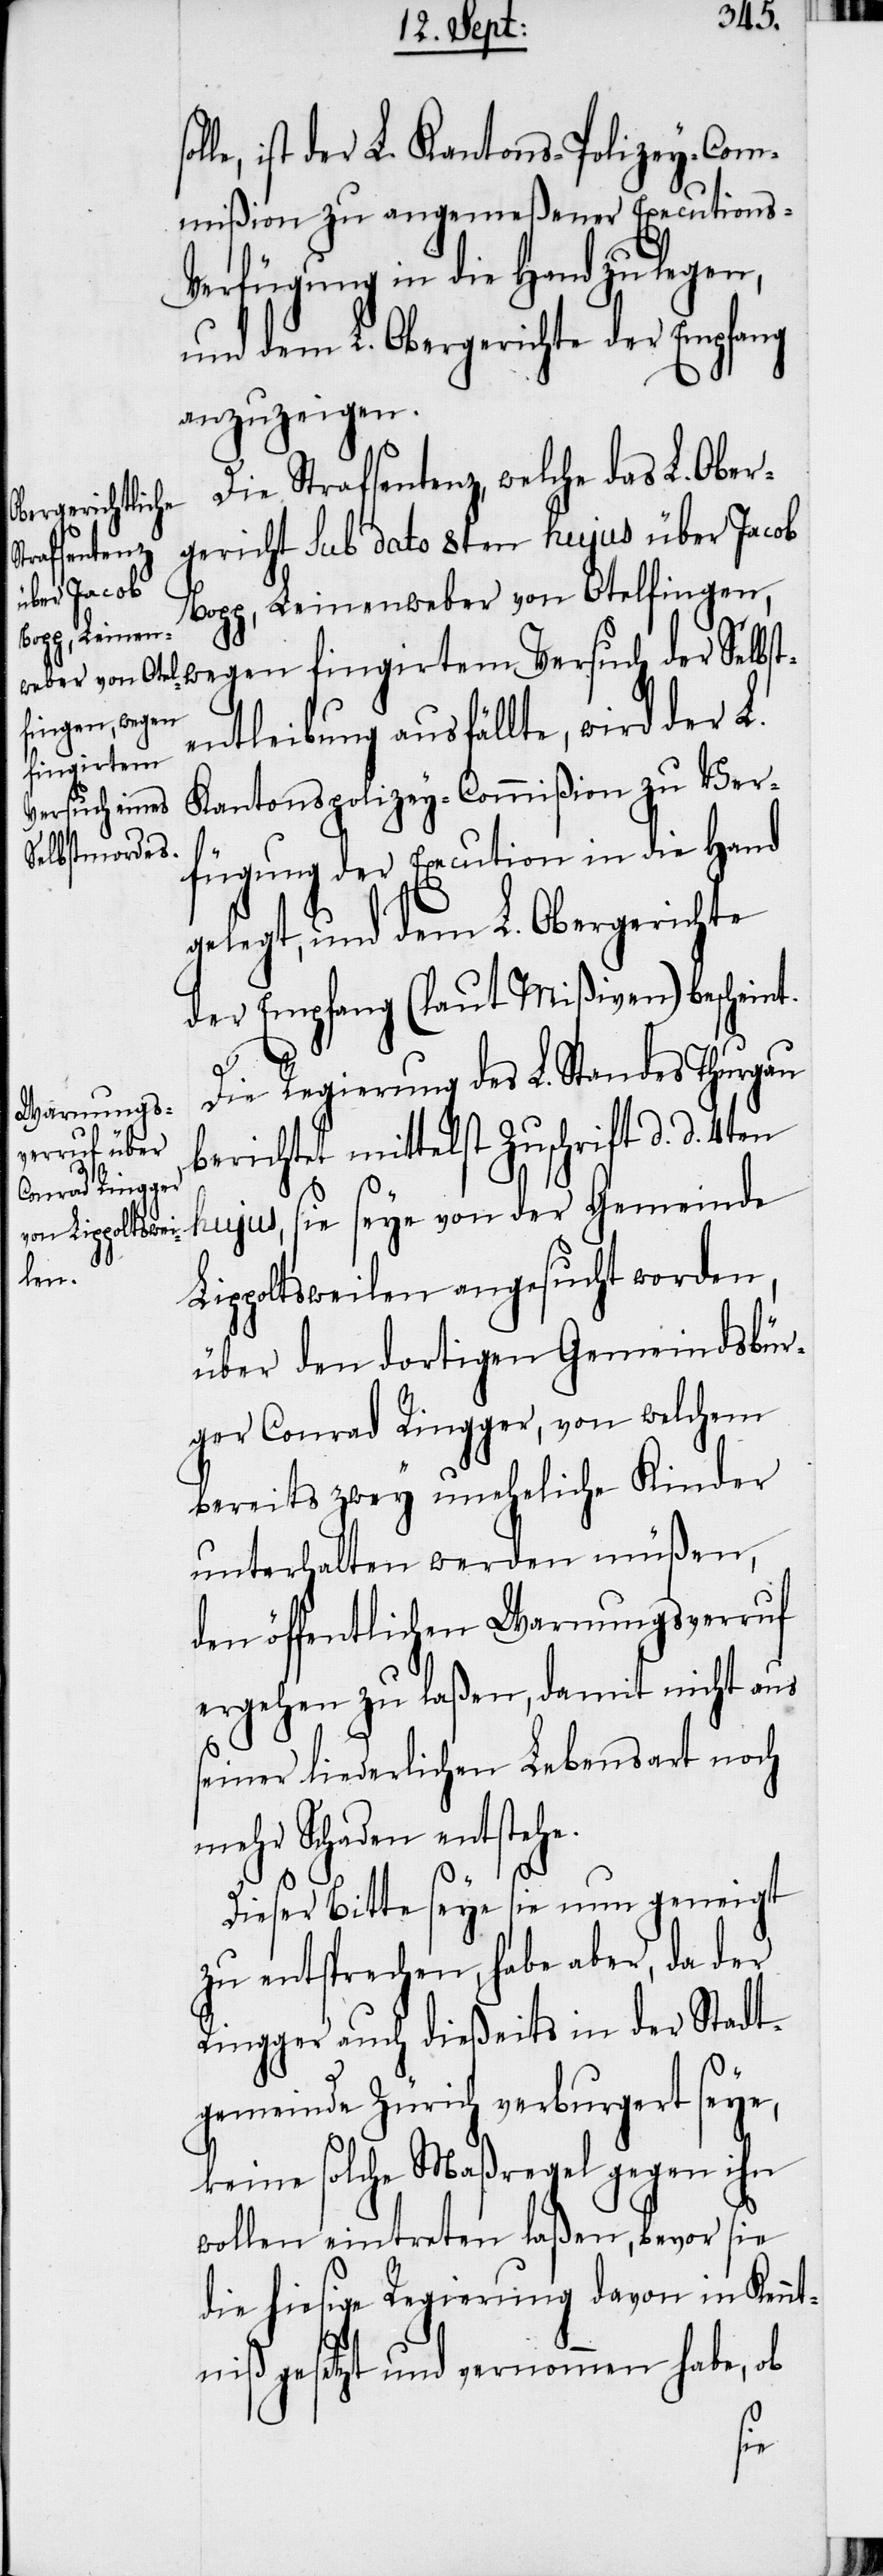
le, ist der L. Kantons-Polizey-Com¬
mißion zu angemeßener Executions-V¬
erfügung in die Hand zu legen,
und dem L. Obergerichte der Empfang
anzuzeigen.
Die Strafsentenz, welche das L. Ober¬
gericht sub dato 8ten hujus über Jacob
Bopp, Leinenweber von Otelfingen,
wegen fingirtem Versuch der Selbst¬
entleibung ausfällte, wird der L.
Kantonspolizey-Commißion zu Ver¬
fügung der Execution in die Hand
gelegt, und dem L. Obergerichte
der Empfang (laut Mißiven) bescheint.
Die Regierung des L. Standes Thurgau
berichtet mittelst Zuschrift d. d. 4ten
hujus, sie seye von der Gemeinde
Lippoltsweilen angesucht worden,
über den dortigen Gemeindsbür¬
ger Conrad Ringger, von welchem
bereits zwey uneheliche Kinder
unterhalten werden müßen,
den öffentlichen Warnungsverruf
ergehen zu laßen, damit nicht aus
seiner liederlichen Lebensart noch
mehr Schaden entstehe.
Dieser Bitte seye sie nun geneigt
zu entsprechen, habe aber, da der
Ringger auch dießeits in der Stadt¬
gemeinde Zürich verburgert seye,
keine solche Maßregel gegen ihn
wollen eintreten laßen, bevor sie
die hiesige Regierung davon in Kennt¬
niß gesetzt und vernommen habe, ob
l¬